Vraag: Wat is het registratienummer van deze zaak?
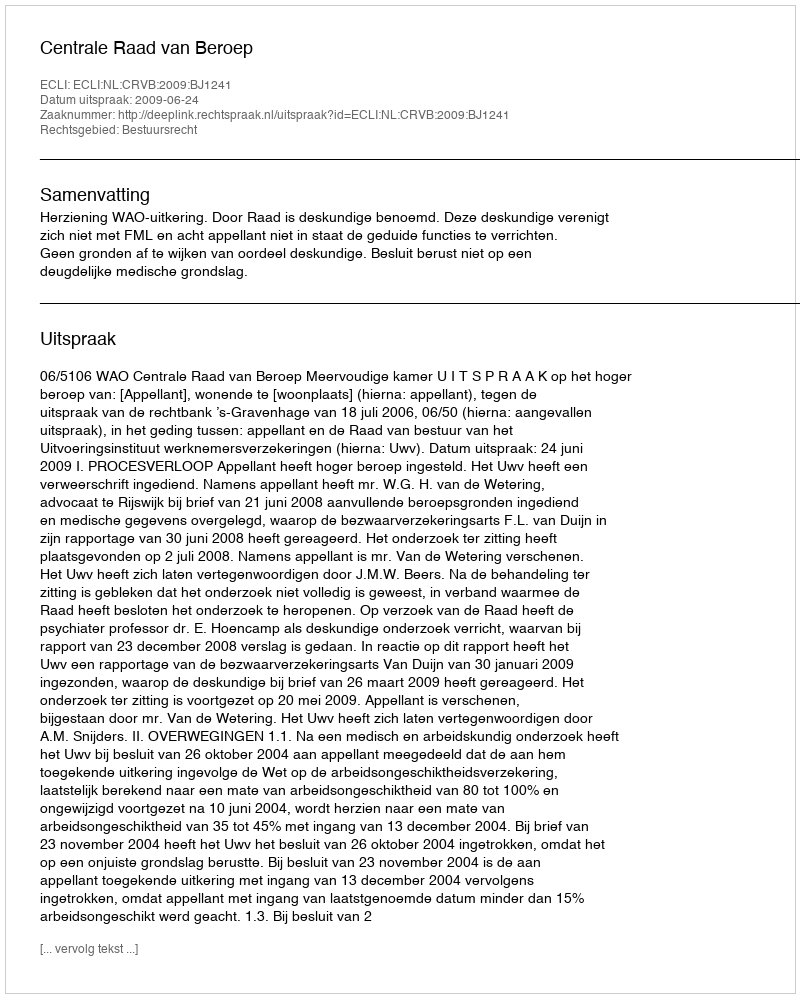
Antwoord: http://deeplink.rechtspraak.nl/uitspraak?id=ECLI:NL:CRVB:2009:BJ1241